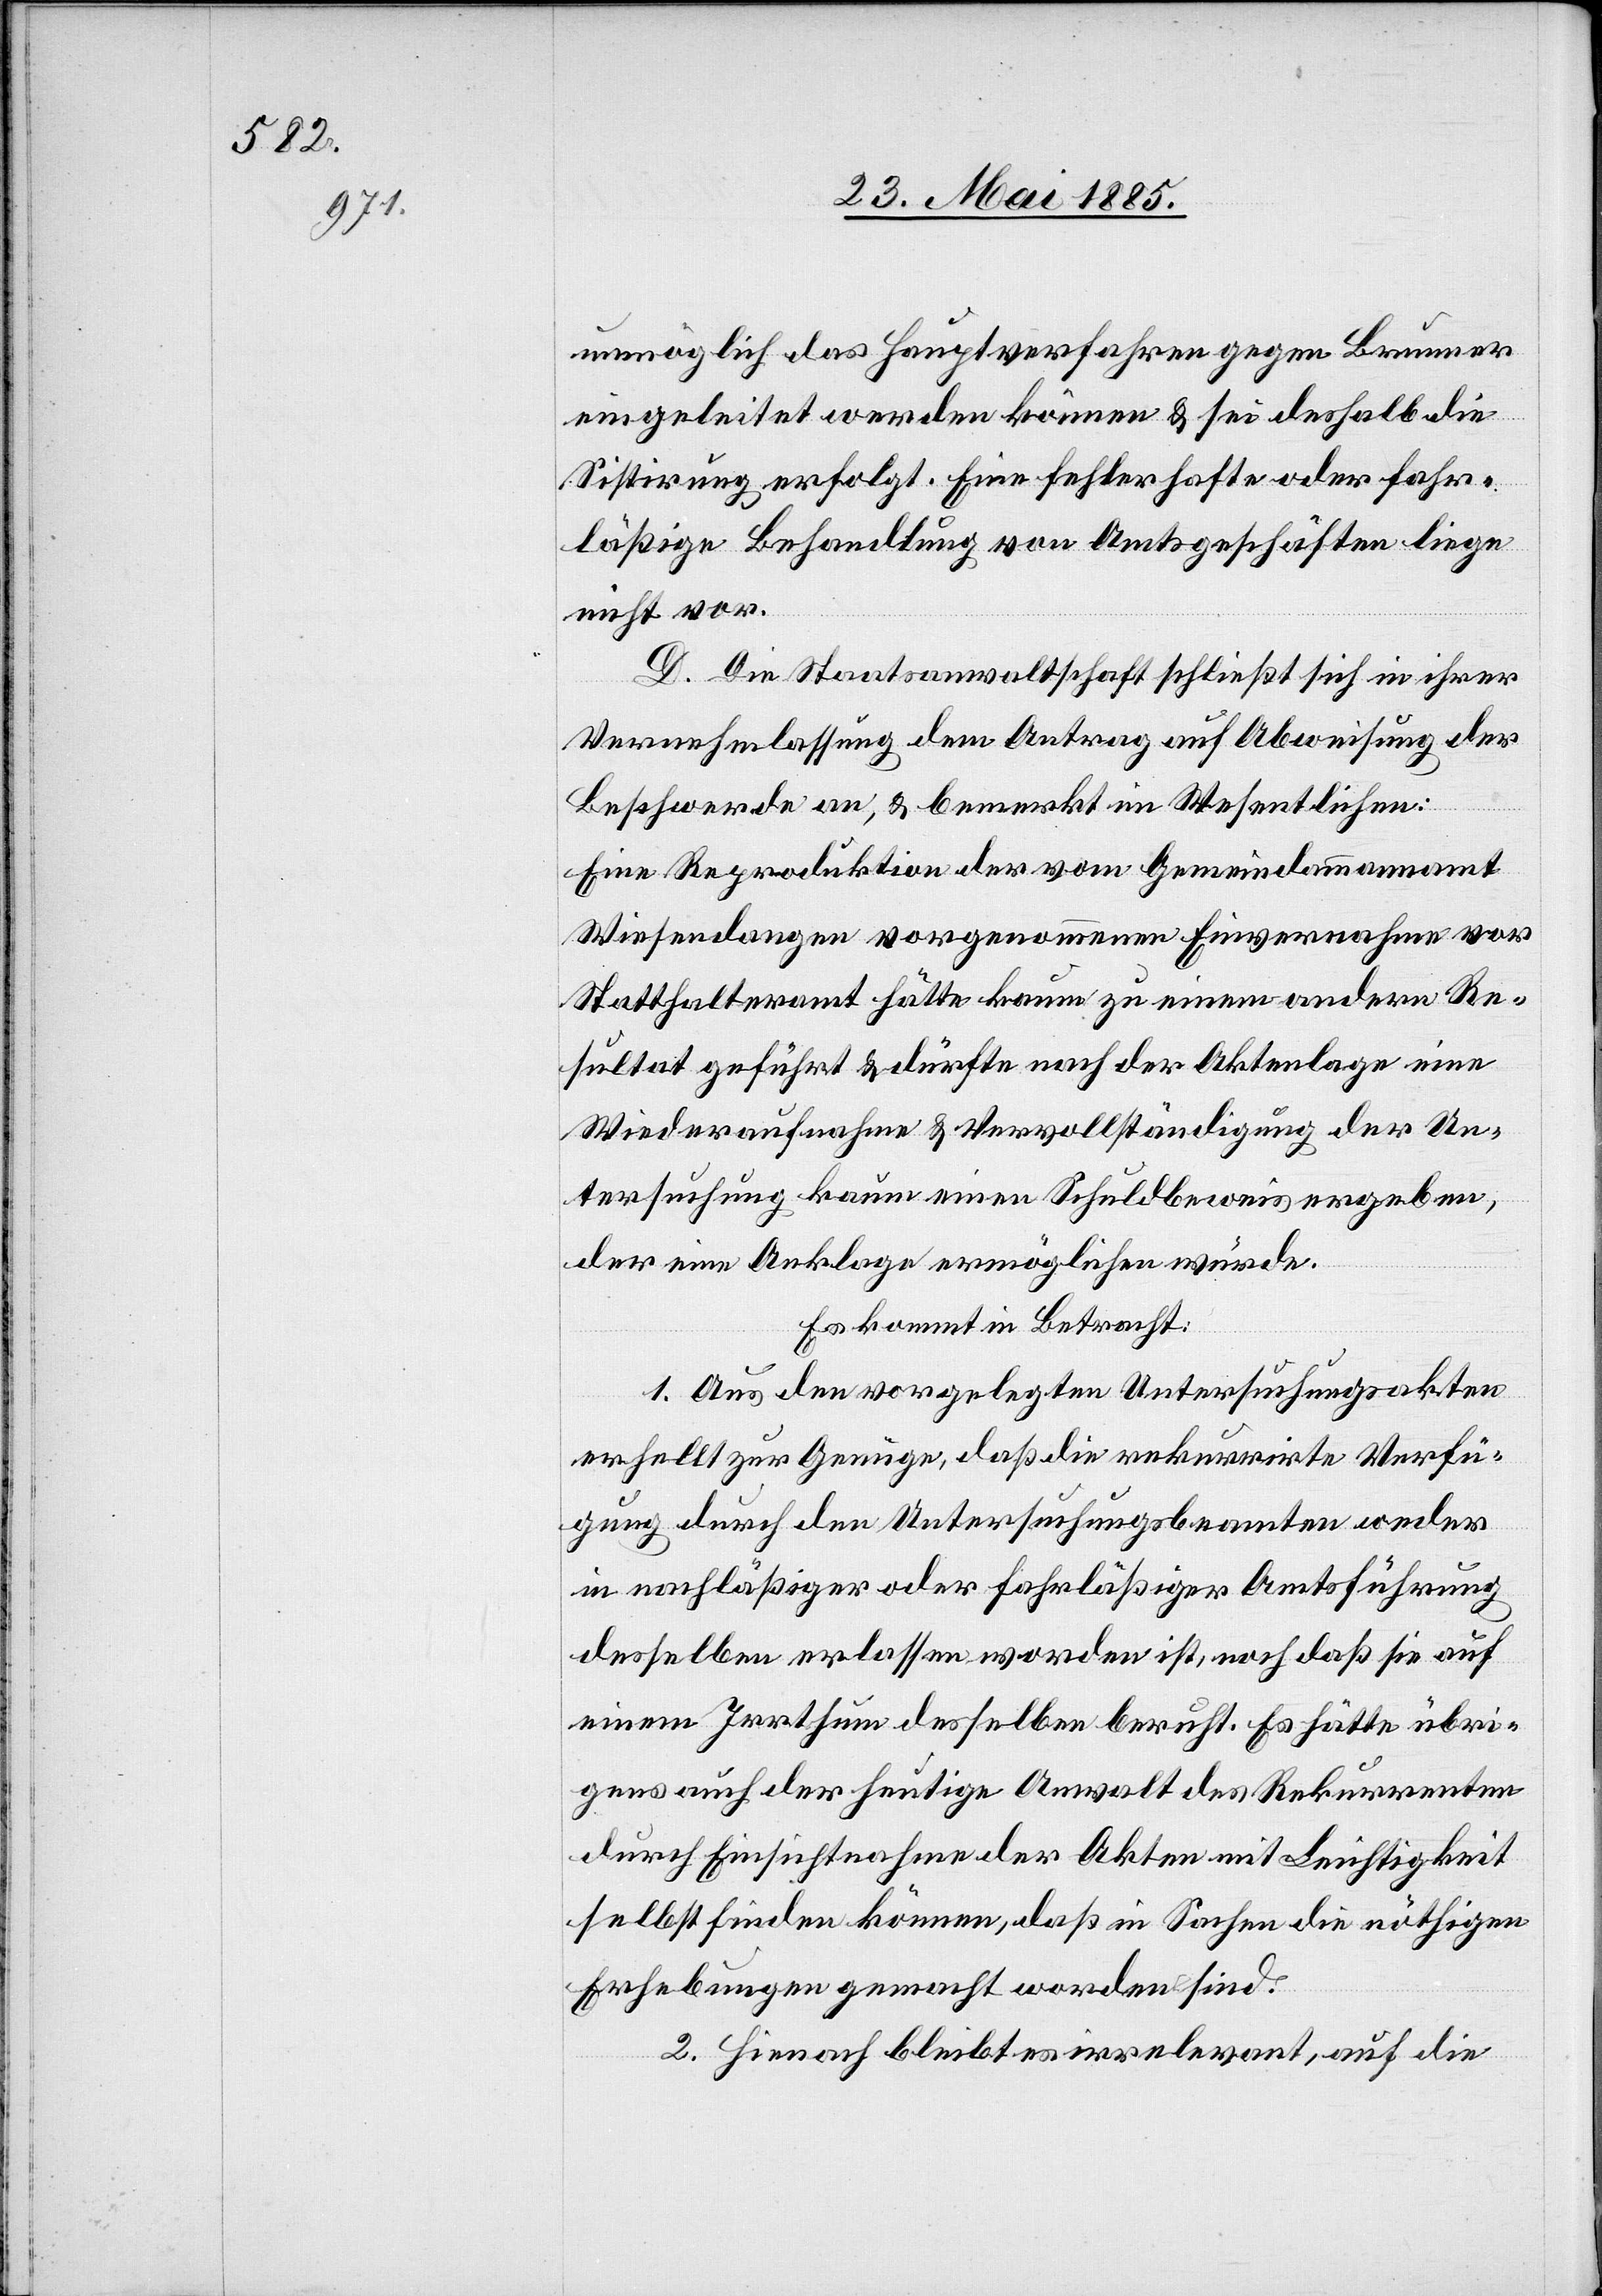
unmöglich das Hauptverfahren gegen Brunner
eingeleitet werden können & sei deshalb die
Sistirung erfolgt. Eine fehlerhafte oder fahr¬
läßige Behandlung von Amtsgeschäften liege
nicht vor.
D. Die Staatsanwaltschaft schließt sich in ihrer
Vernehmlassung dem Antrag auf Abweisung der
Beschwerde an, & bemerkt im Wesentlichen:
Eine Reproduktion der vom Gemeindeammannamt
Wiesendangen vorgenommenen Einvernahme vor
Statthalteramt hätte kaum zu einem andern Re¬
sultat geführt & dürfte nach der Aktenlage eine
Wiederaufnahme & Vervollständigung der Un¬
tersuchung kaum einen Schuldbeweis ergeben,
der eine Anklage ermöglichen würde.
Es kommt in Betracht:
1. Aus den vorgelegten Untersuchungsakten
erhellt zur Genüge, daß die rekurrirte Verfü¬
gung durch den Untersuchungsbeamten weder
in nachläßiger oder fahrläßiger Amtsführung
desselben erlassen worden ist, noch daß sie auf
einen Irrthum desselben beruht. Es hätte übri¬
gens auch der heutige Anwalt des Rekurrenten
durch Einsichtnahme der Akten mit Leichtigkeit
selbst finden können, daß in Sachen die nöthigen
Erhebungen gemacht worden sind.
2. Hienach bleibt es irrelevant, auf die